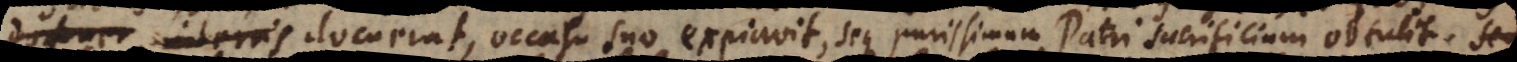
in terris docuerat, occasu suo expiavit, seque purissimum Patri sacrificium obtulit.